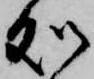
処